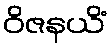
ဝိဇနယိံ